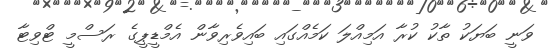
ވަނީ ބަޔަކު ތާކު ކުރާ އަމިއްލަ ކަމެއްގައި ބައިވެރިވާން އެމްޑީޕީގެ ރަސްމީ ޓްވިޓާ